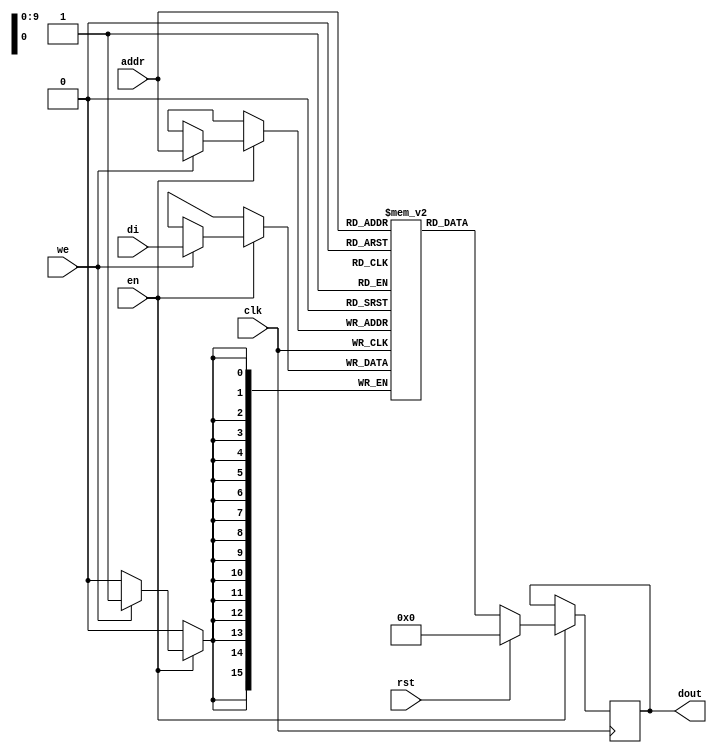
// Block RAM with Resettable Data Output
module rams_sp_rf_rst (clk, en, we, rst, addr, di, dout);
input clk;
input en;
input we;
input rst;
input [9:0] addr;
input [15:0] di;
output [15:0] dout;

reg [15:0] ram [1023:0];
reg [15:0] dout;

always @(posedge clk)
    begin
        if (en) //optional enable
        begin
            if (we) //write enable
                ram[addr] <= di;
            if (rst) //optional reset
                dout <= 0;
            else
                dout <= ram[addr];
        end
    end
endmodule